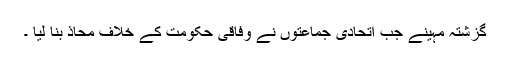
گزشتہ مہینے جب اتحادی جماعتوں نے وفاقی حکومت کے خلاف محاذ بنا لیا ۔